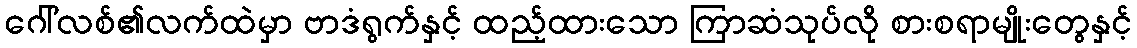
ဂေါ်လစ်၏လက်ထဲမှာ ဗာဒံရွက်နှင့် ထည့်ထားသော ကြာဆံသုပ်လို စားစရာမျိုးတွေနှင့်